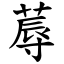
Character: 蓐